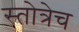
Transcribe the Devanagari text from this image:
स्तोत्रेच